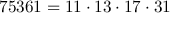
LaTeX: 7 5 3 6 1 = 1 1 \cdot 1 3 \cdot 1 7 \cdot 3 1